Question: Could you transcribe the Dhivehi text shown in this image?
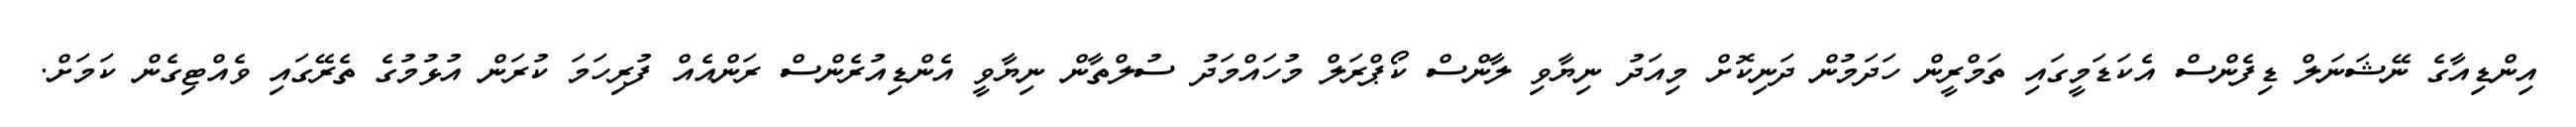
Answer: އިންޑިއާގެ ނޭޝަނަލް ޑިފެންސް އެކަޑަމީގައި ތަމްރީން ހަދަމުން ދަނިކޮށް މިއަދު ނިޔާވި ލާންސް ކޯޕްރަލް މުހައްމަދު ސުލްތާން ނިޔާވީ އެންޑިއުރެންސް ރަންއެއް ފުރިހަމަ ކުރަން އުޅުމުގެ ތެރޭގައި ވެއްޓިގެން ކަމަށް.